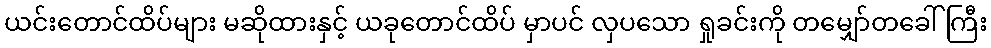
ယင်းတောင်ထိပ်များ မဆိုထားနှင့် ယခုတောင်ထိပ် မှာပင် လှပသော ရှုခင်းကို တမျှော်တခေါ်ကြီး